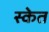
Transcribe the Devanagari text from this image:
स्केत